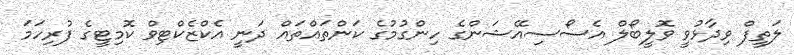
ލަތީފް ވިދާޅުވީ ވޮލީބޯލް އެސޯސިއޭޝަންގެ ހިންގުމުގެ ކަންތައްތައް ދަނީ އެކްޒެކްޓިވް ކޮމިޓީގެ ފުރިހަމަ